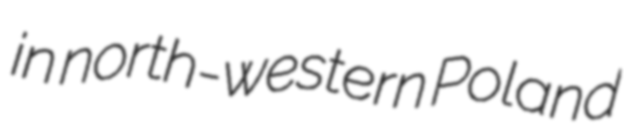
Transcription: in north-western Poland